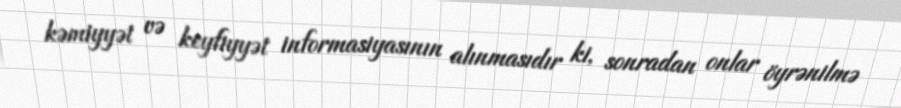
kəmiyyət və keyfiyyət informasiyasının alınmasıdır ki, sonradan onlar öyrənilmə